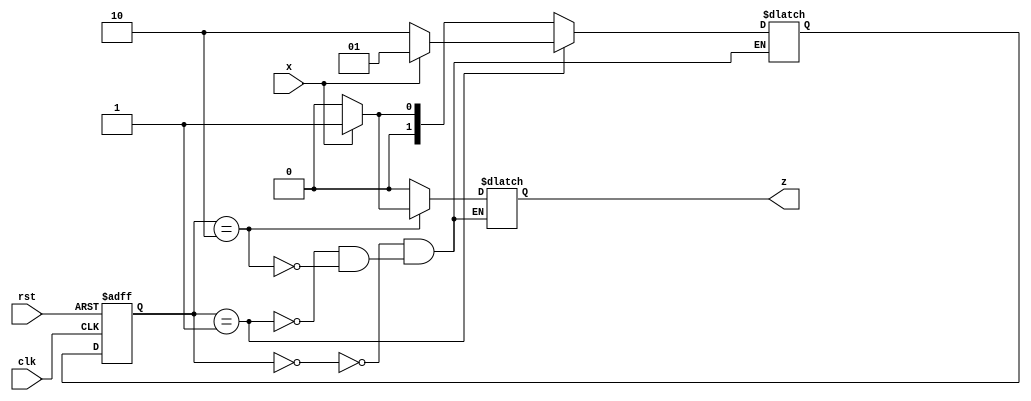
`timescale 1ns / 1ps

module SequenceDetecor(clk, rst, x, z);
input clk, rst, x;
output reg z;

reg [1:0] state, nextstate;


always@(x or state)
begin
    case (state)
        0: begin if (x == 1) begin 
             nextstate = 2'b01;
             z = 0;
             end
             else begin
             nextstate = 2'b00;
             z = 0;
             end
        end
        1: begin if (x == 1) begin
             nextstate = 2'b01;
             z = 0;
             end
             else begin
             nextstate = 2'b10;
             z = 0;
             end
        end
        2: begin if (x == 1) begin
             nextstate = 2'b01;
             z = 1;
             end
             else begin
             nextstate = 2'b00;
             z = 0;
             end
        end
    endcase
end

always@ (posedge(clk) or posedge (rst))
begin
    if (rst == 1) 
        state <= 2'b00;
    else
        state <= nextstate;
end

endmodule



module SD (clk, rst, x, z);
input clk, rst, x;
output z;
reg [1:0] state, nextState;
parameter [1:0] A=2'b00, B=2'b01, C=2'b10; 

always @ (x or state)
begin
    case (state)
        A: if (x) nextState = B;
         else nextState = A;
        B: if (x) nextState = B;
         else nextState = C;
        C: if (x) nextState = B;
         else nextState = A;
    endcase
end
always @ (posedge clk or negedge rst) begin
    if(!rst)
     state <= A;
    else
     state <= nextState;
end
    assign z = (state == C && x ==1); 
endmodule